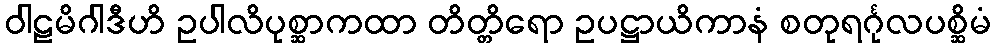
ဝါဠမိဂါဒီဟိ ဥပါလိပုစ္ဆာကထာ တိတ္တိရော ဥပဋ္ဌာယိကာနံ စတုရင်္ဂုလပစ္ဆိမံ